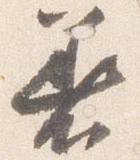
着